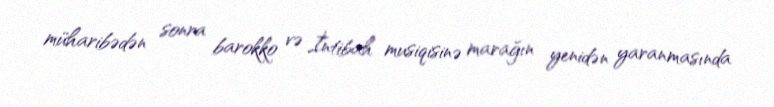
müharibədən sonra barokko və İntibah musiqisinə marağın yenidən yaranmasında